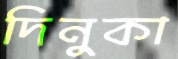
দিনুকা